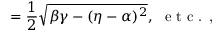
= \frac { 1 } { 2 } \sqrt { \beta \gamma - ( \eta - \alpha ) ^ { 2 } } , \ \textrm { e t c . , }